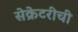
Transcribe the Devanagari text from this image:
सेक्रेटरीची